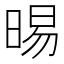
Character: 晹